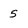
Character: 5